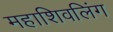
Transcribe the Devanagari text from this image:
महाशिवलिंग